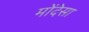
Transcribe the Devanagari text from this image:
मोंदेसा